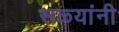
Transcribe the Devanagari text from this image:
सळ्यांनी